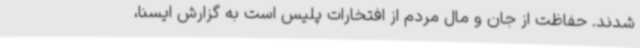
شدند. حفاظت از جان و مال مردم از افتخارات پلیس است به گزارش ایسنا،